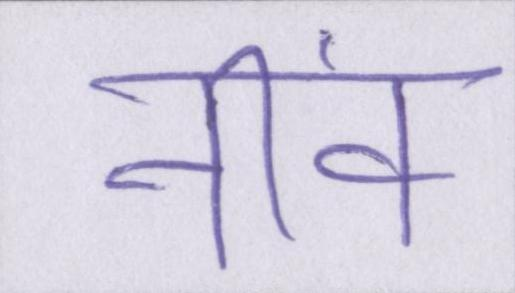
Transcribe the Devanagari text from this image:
नींव